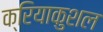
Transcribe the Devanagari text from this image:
क्रियाकुशल